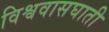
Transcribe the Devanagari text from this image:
विश्ववासघाती